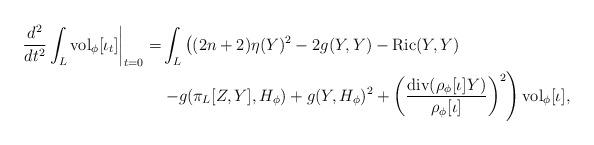
LaTeX: \begin{align*}\left. \frac{d^{2}}{d t^{2}} \int_{L} {\rm vol}_{\phi} [\iota_{t}] \right|_{t=0} = &\int_{L} \left((2n+2) \eta (Y)^{2} - 2 g(Y, Y) - {\rm Ric}(Y, Y) \right. \\&\left. - g(\pi_{L}[Z, Y], H_{\phi}) + g(Y, H_{\phi})^{2}+ \left (\frac{{\rm div}(\rho_{\phi} [\iota] Y)}{\rho_{\phi} [\iota]}\right)^{2}\right){\rm vol}_{\phi}[\iota],\end{align*}